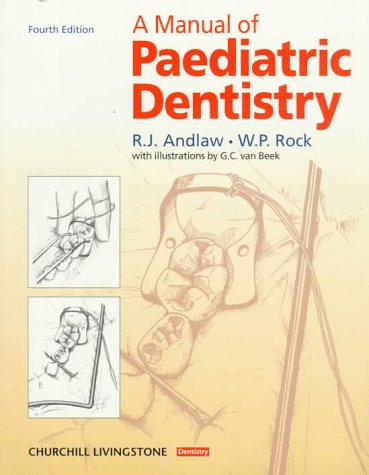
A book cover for A Manual of Paediatric Dentistry, 4th Edition; R. J. Andlaw; Medical Books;